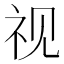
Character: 视